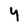
Character: 4